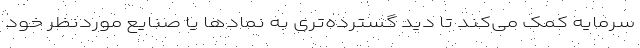
سرمایه کمک می‌کند تا دید گسترده‌تری به نمادها یا صنایع موردنظر خود